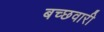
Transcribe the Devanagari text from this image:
बच्छवारी